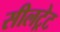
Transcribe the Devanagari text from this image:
सीलट्रेट